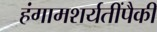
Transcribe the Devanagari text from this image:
हंगामशर्यतींपैकी